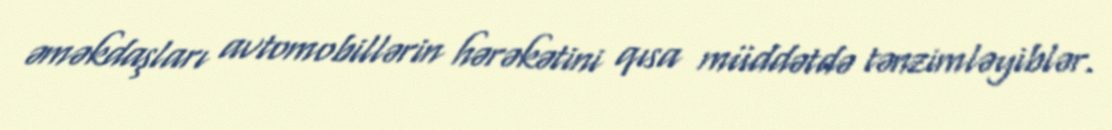
əməkdaşları avtomobillərin hərəkətini qısa müddətdə tənzimləyiblər.